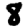
Digit: 8